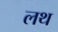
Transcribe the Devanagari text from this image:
लथ